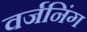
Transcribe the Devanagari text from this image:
वर्जनिंग